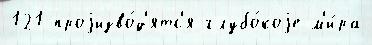
121 проjизво́д'ятс'я глубо́коjе м'и́ра